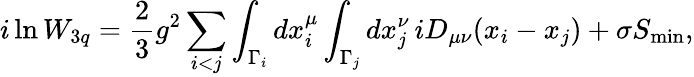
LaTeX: i\ln W_{3q}=\frac{2}{3}g^{2}\sum_{i<j}\int_{\Gamma_{i}}dx_{i}^{\mu}\int_{\Gamma_{j}}dx_{j}^{\nu}\, iD_{\mu\nu}(x_{i}-x_{j})+\sigma S_{\operatorname*{min}},